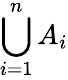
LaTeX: \bigcup_{i=1}^{n}A_{i}